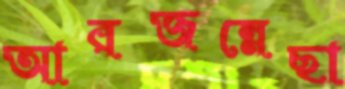
আরজন্নেছা